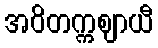
အဝိတက္ကဈာယီ